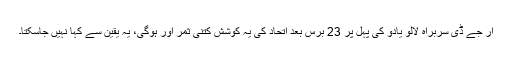
آر جے ڈی سربراہ لالو یادو کی پہل پر 23 برس بعد اتحاد کی یہ کوشش کتنی ثمر آور ہوگی، یہ یقین سے کہا نہیں جاسکتا۔